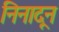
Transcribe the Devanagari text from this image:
निनादून